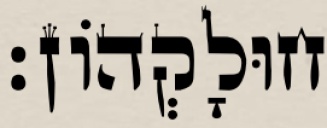
חוּלָקְהוֹן׃